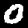
Digit: 0